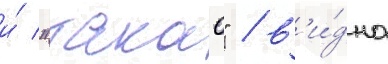
и́ "такао" / в'и́дно